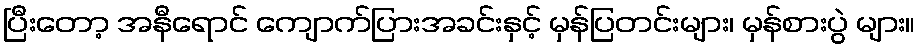
ပြီးတော့ အနီရောင် ကျောက်ပြားအခင်းနှင့် မှန်ပြတင်းများ၊ မှန်စားပွဲ များ။